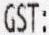
GST: